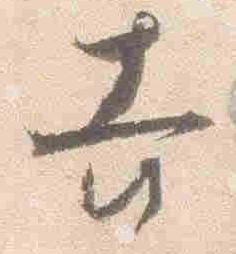
吉